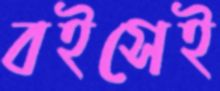
বইসেই